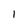
Character: 1